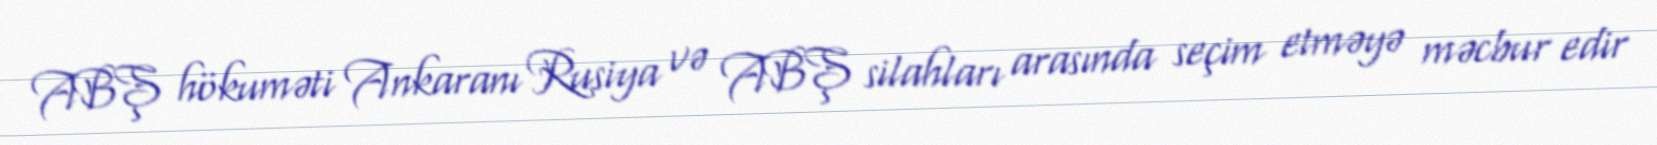
ABŞ hökuməti Ankaranı Rusiya və ABŞ silahları arasında seçim etməyə məcbur edir